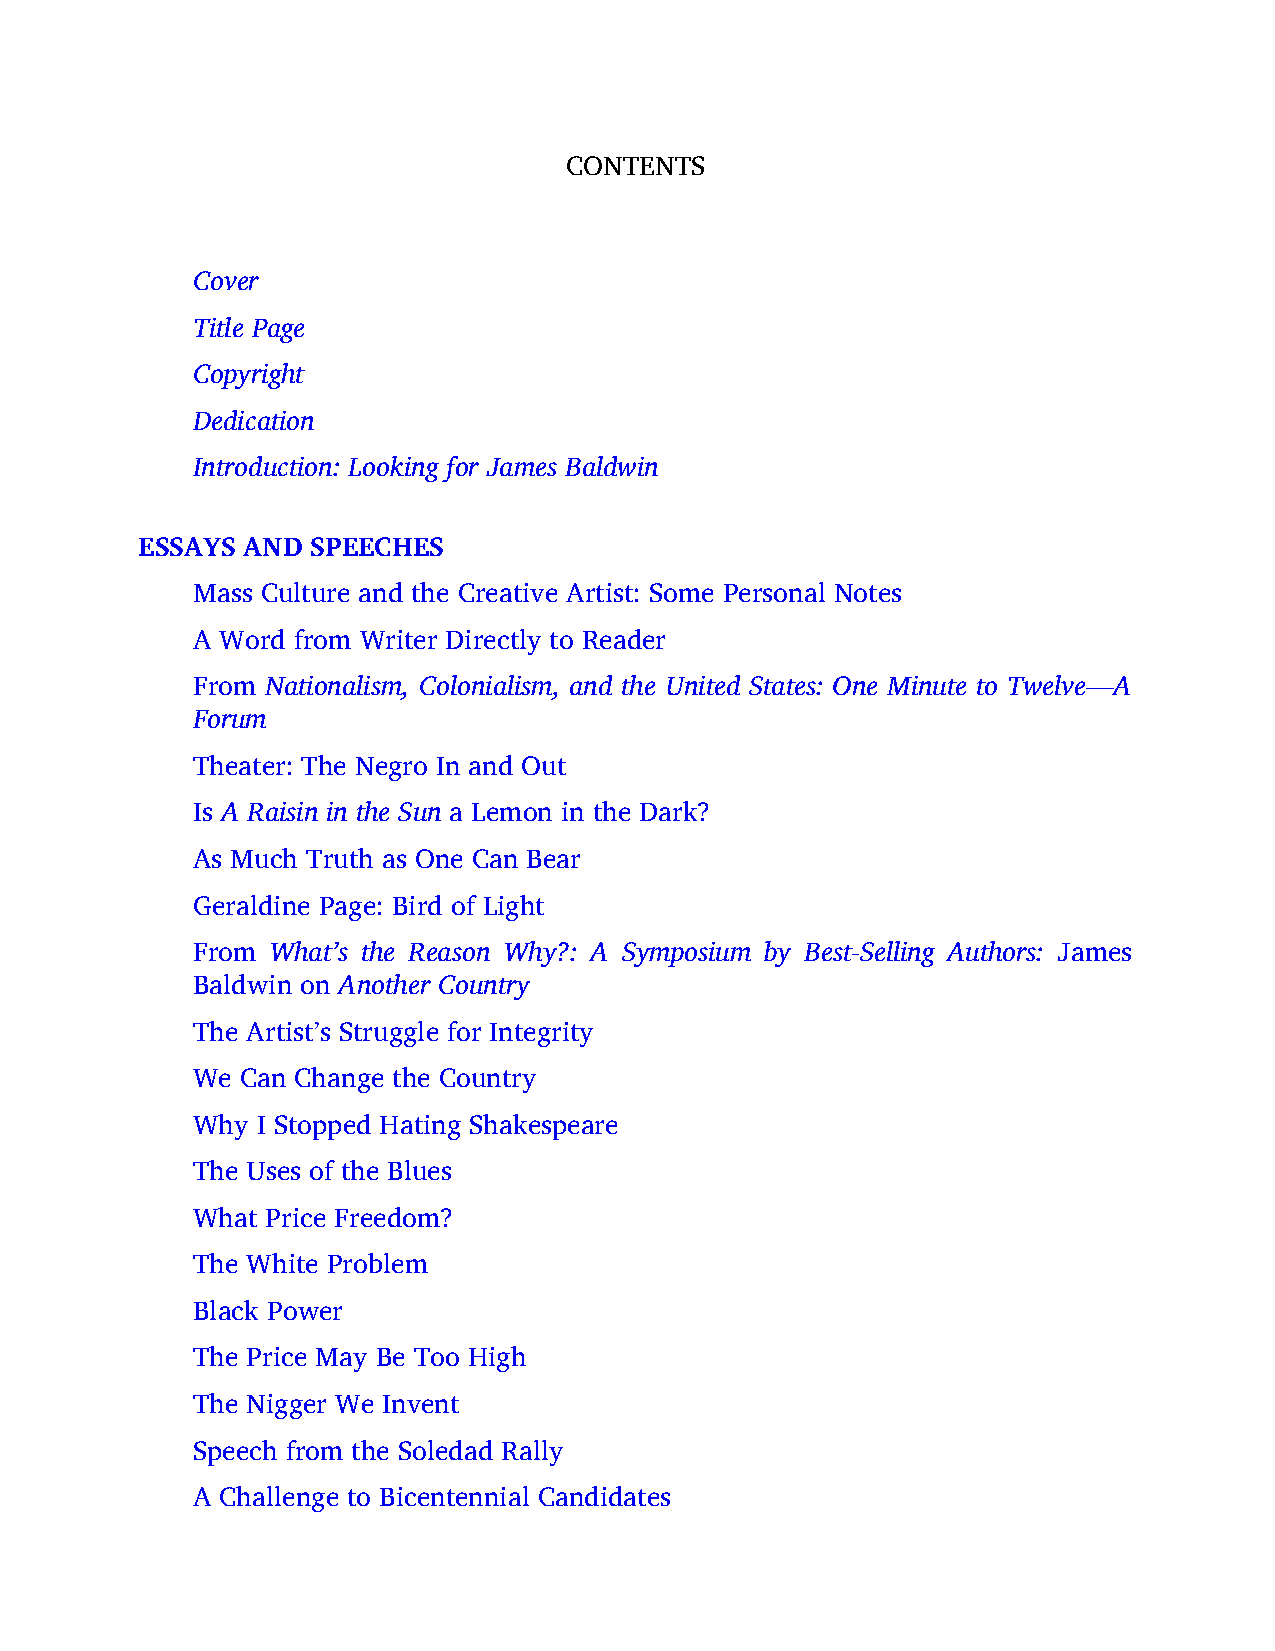
CONTENTS
 Cover
 Title Page
 Copyright
 Dedication
 Introduction: Looking for James Baldwin
 ESSAYS AND  SPEECHES
 Mass Culture and the Creative Artist: Some Personal Notes
 A Word from Writer Directly to Reader
 From Nationalism, Colonialism, and the United States: One Minute to Twelve—A
 Forum
 Theater: The Negro In and Out
 Is A Raisin in the Sun a Lemon in the Dark?
 As Much Truth as One Can Bear
 Geraldine Page: Bird of Light
 From What’s the Reason Why?: A Symposium by Best-Selling Authors: James
 Baldwin on Another Country
 The Artist’s Struggle for Integrity
 We Can Change the Country
 Why I Stopped Hating Shakespeare
 The Uses of the Blues
 What Price Freedom?
 The White Problem
 Black Power
 The Price May Be Too High
 The Nigger We Invent
 Speech from the Soledad Rally
 A Challenge to Bicentennial Candidates